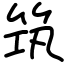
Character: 筑